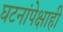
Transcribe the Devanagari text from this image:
घटनांपेक्षाही